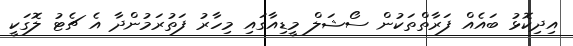
އިދިކޮޅު ބައެއް ފަރާތްތަކުން ސޯޝަލް މީޑިއާގައި މިހާރު ފަތުރަމުންދާ އެ ޗެޓު ލޮގަކީ